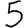
Digit: 5